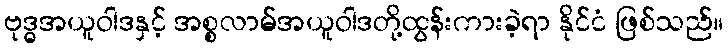
ဗုဒ္ဓအယူဝါဒနှင့် အစ္စလာမ်အယူဝါဒတို့ထွန်းကားခဲ့ရာ နိုင်ငံ ဖြစ်သည်။